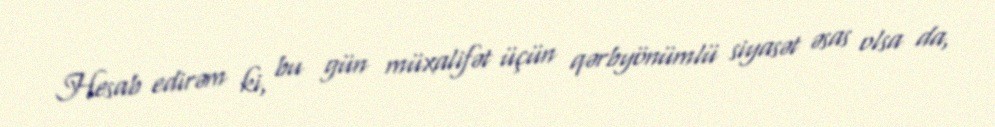
Hesab edirəm ki, bu gün müxalifət üçün qərbyönümlü siyasət əsas olsa da,